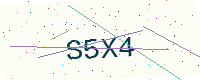
Text: S5X4